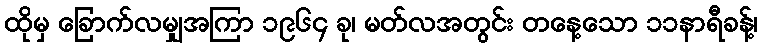
ထိုမှ ခြောက်လမျှအကြာ ၁၉၆၄ ခု၊ မတ်လအတွင်း တနေ့သော ၁၁နာရီခန့်၊